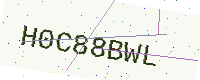
Text: H0C88BWL